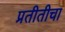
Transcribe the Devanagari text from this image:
प्रतीतीचा